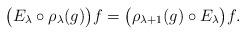
LaTeX: \begin{gather*}\big(E_\lambda\circ\rho_\lambda(g)\big)f = \big(\rho_{\lambda+1}(g)\circ E_\lambda\big) f.\end{gather*}